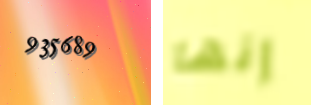
935689 إنها